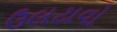
ઉલટાવો